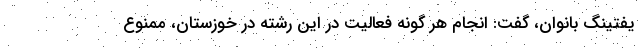
یفتینگ بانوان، گفت: انجام هر گونه فعالیت در این رشته در خوزستان، ممنوع